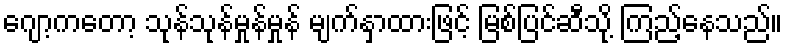
ဂျော့ကတော့ သုန်သုန်မှုန်မှုန် မျက်နှာထားဖြင့် မြစ်ပြင်ဆီသို့ ကြည့်နေသည်။